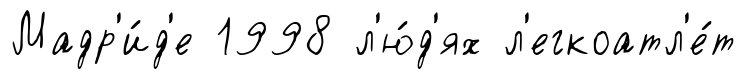
Мадр'и́д'е 1998 л'ю́д'ях л'егкоатл'е́т